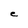
Character: e